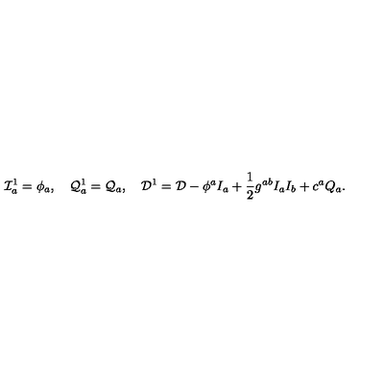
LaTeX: { \cal I } _ { a } ^ { 1 } = \phi _ { a } , \quad { \cal Q } _ { a } ^ { 1 } = { \cal Q } _ { a } , \quad { \cal D } ^ { 1 } = { \cal D } - \phi ^ { a } I _ { a } + \frac { 1 } { 2 } g ^ { a b } I _ { a } I _ { b } + c ^ { a } Q _ { a } .